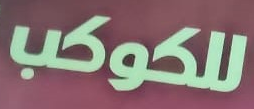
للكوكب